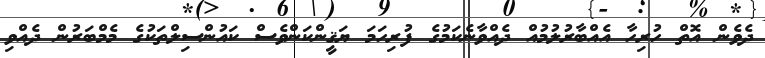
ދެވެން އޮތް ހުރިހާ އެއްބާރުލުމުއް ދެއްވާނެކަމުގެ ފުރިހަމަ ޔަޤީންކަންވެސް ކައުންސިލްތަކުގެ މެމްބަރުން ދެއްވި